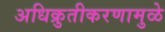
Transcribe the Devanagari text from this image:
अधिक्रुतीकरणामुळे